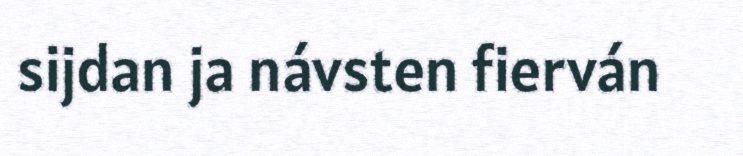
sijdan ja návsten fierván